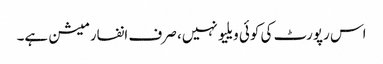
اس رپورٹ کی کوئی ویلیو نہیں، صرف انفارمیشن ہے۔